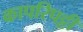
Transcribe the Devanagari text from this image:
कापरिपट्टी